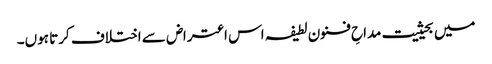
میں بحیثیت مداحِ فنون لطیفہ اس اعتراض سے اختلاف کرتا ہوں۔